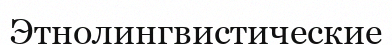
Этнолингвистические